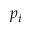
p _ { i }